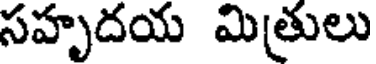
సహృదయ మిత్రులు